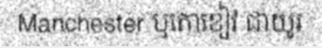
Manchester ឬតោខៀវ ជាយូរ